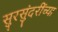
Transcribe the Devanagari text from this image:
सुरसुंदरींच्या